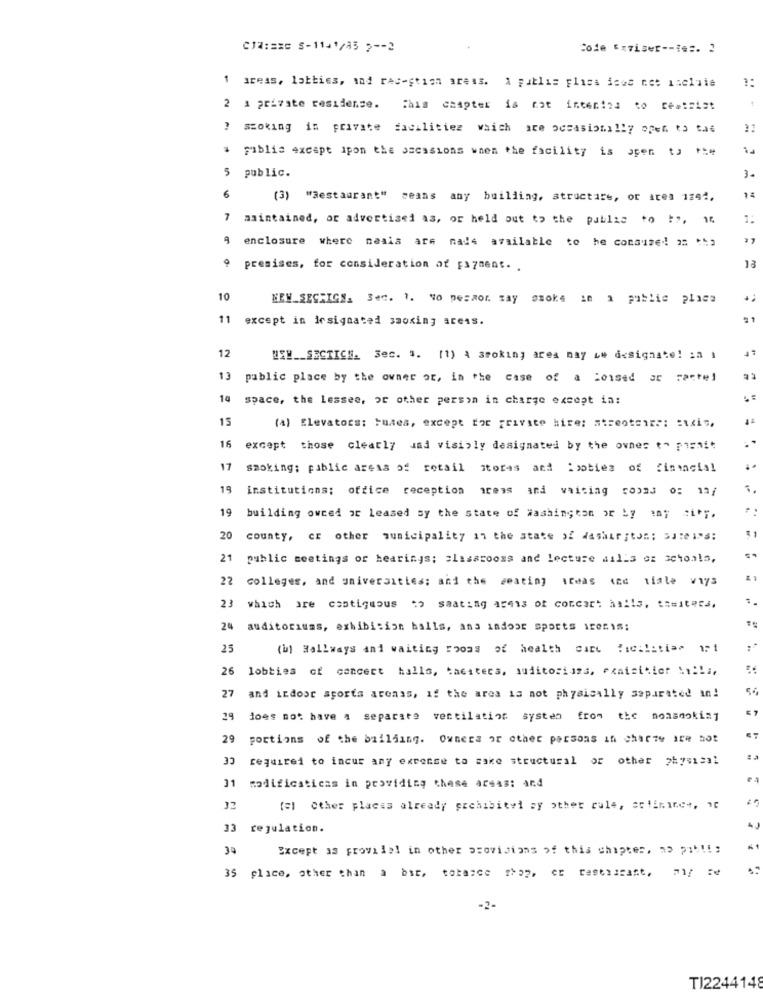
C17:Exe 5-1141/85 > -- 2
code xviser -- i ==.
1 areas, lobbies, and rec-stion areas. & publis Fliss ises net incluie
2 1 private residense. This chapter is not inten!na to reaisist
smoking in private facilities which are occasionally open to the
publis except ipon the ssessions when the facility is open to **
public.
3.
6
(3) "Restaurant" means any building, structure, or ares 1892.
14
7 amintained, or advertised as, or held out to the public to !", 14
enclosure where naals are made available to he consume! a: **?
premises, for consideration of payment. .
10
NEW_SECTIGS. Sec. 1. No pesaor say smoke in a public placa
11
except in designated smoking areas.
- 1
12
NEW __ SECTICH. Sec. 3. (1) A smoking area may we designate! in 1
13
public place by the owner or, in the case of a loised ac cartel
14 space, the Lessee, or other person in charge except in:
15
(a) Elevators: tunes, except for private hire; atreotoire: : ti",
16
except those clearly und visibly designated by the owner to pirait
17
smoking; public areas of retail stores and Cooties of financial
19
institutions; o
: office reception areas and waiting room3 0: 13/
19
building owned or Leased sy the state of Washington or by any "i' ;.
20
county, cr other municipality in the state of dashar ;ton; 53:eiPs:
21
public meetings or hearings; classrooms and lecture aalls oz schools,
22 colleges, and universities; and the seating iceas the tale viys
23 which are contiguous co saating areas of concert halls, tisitera,
24
auditoriums, exhibition balls, ans indoor sports ireris;
-
25
(b) Hallways ani waiting rooms of health care fici !; tia" 11
26
lobbies of concert halls, tacitecs, auditoriams, exaisicier Ai !! i,
27
and indoor sports arenas, if the area is not physically separated an!
29
does not have a separate ventilation systen from the nonsmoking
29
portions of the building. Ownera or other persons in charte 1re not
33
required to incur any expense to make structural or other 7h781331
1 modificaticas in providing these areas: and
32
(=] Other places already prohibitel ay other cule, ac!iminct, i
33 regulation.
4J
34
Except as Froviiel in other provisions of this chapter, " pi !!;
35 place, other than a bit, tokasce shop, er tastissant, 7y fe
TI2244148